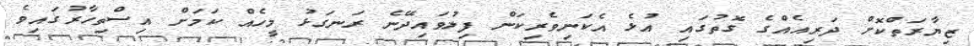
ޒިޔާރަތްކޮށް ދަރިއެއްގެ ގޮތުގައި އުޅެ އެކަނިވެރިކަން ފިލުވައިދޭނެ ރަނގަޅު މީހެއް ކަމަށް އިސްތިހާރުގައިވެ